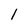
Character: 1